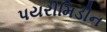
પયરીમિડીન